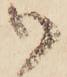
御